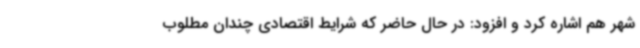
شهر هم اشاره کرد و افزود: در حال حاضر که شرایط اقتصادی چندان مطلوب